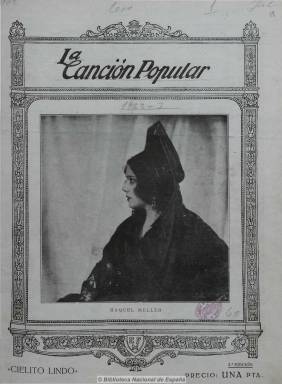
Título: La Canción popular
Colección: Música
Ámbito geográfico: Madrid
Lugar de publicación: Madrid
Fechas: 01/04/1922-01/01/1923

Subtitulada como “revista musical”, dedica sus páginas de texto a la divulgación de las canciones populares, bailes y zarzuelas de moda y de los maestros más en boga y de éxito mundial. Incluye biografías de artistas y autores, empezando con la de Raquel Meller, en donde aparecen opiniones de María Guerrero, Jacinto Benavente, Manuel Machado o Gregorio Martínez Sierra, entre otros. Con artículos literarios sobre música, historia del cuplé, noticias e informaciones sobre el mundo de las variedades. Los textos van acompañados de dibujos o fotografías, principalmente retratos de artitas. Con cubiertas ilustradas y las cuatro páginas centrales dedicadas a partituras y letras de tonadillas o cuplés para canto y piano. Editada por la Empresa Musical Fémina, su director fue Julio Gómez, que después será sustituido por A. Reyes Moreno, su firma más habitual, y su secretario de redacción, Ángel H. Lorenzo. Apareció con frecuencia decenal (los días 5, 15 y 25 de cada mes), para después ser mensual y por, último, de periodicidad irregular. No se publicó en julio y agosto de 1922. El número 9 es un especial dedicado al cante jondo, en el que da cuenta del festival celebrado en Granada por iniciativa de Falla y los hermanos Machado.